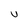
Character: U